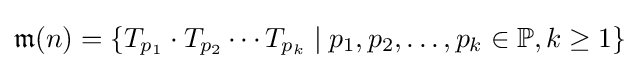
{\mathfrak {m}}(n)=\{T_{p_{1}}\cdot T_{p_{2}}\cdots T_{p_{k}}\mid p_{1},p_{2},\dots ,p_{k}\in \mathbb {P} ,k\geq 1\}